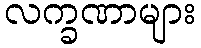
လက္ခဏာများ